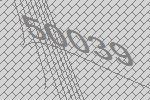
50039